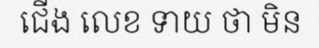
ជើង លេខ ទាយ ថា មិន